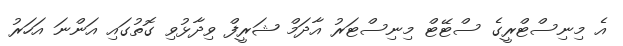
އެ މިނިސްޓްރީގެ ސްޓޭޓް މިނިސްޓަރު އާދަމް ޝަރީފް ވިދާޅުވި ގޮތުގައި އަންނަ އަހަރު